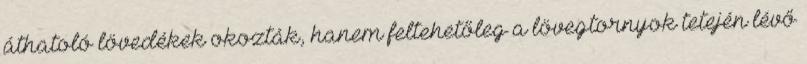
áthatoló lövedékek okozták, hanem feltehetőleg a lövegtornyok tetején lévő